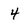
Character: 4